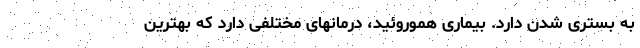
به بستری شدن دارد. بیماری هموروئید، درمانهای مختلفی دارد که بهترین